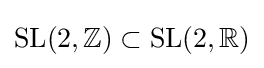
{\text{SL}}(2,\mathbb {Z} )\subset {\text{SL}}(2,\mathbb {R} )